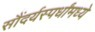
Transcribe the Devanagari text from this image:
सौंदर्यस्पर्धांमध्ये